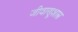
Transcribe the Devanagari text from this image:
जीवाणूशास्त्र